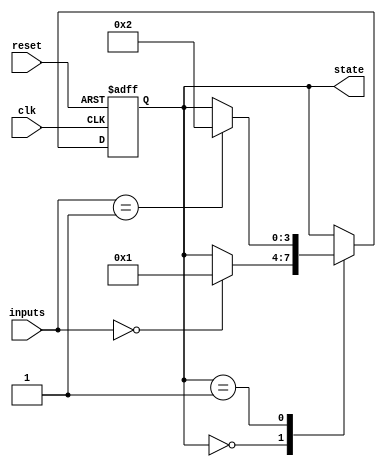
module state_machine (
    input wire clk,
    input wire reset,
    input wire [N-1:0] inputs,
    output reg [M-1:0] state
);

parameter N = 4; // Number of input bits
parameter M = 4; // Number of state bits

reg [M-1:0] next_state;

always @(posedge clk or posedge reset) begin
    if (reset) begin
        state <= 0;
    end else begin
        state <= next_state;
    end
end

always @(*) begin
    case(state)
        0: begin // State 0
            if (inputs == 2'b00) begin
                next_state = 1;
            end else begin
                next_state = state;
            end
        end
        1: begin // State 1
            if (inputs == 2'b01) begin
                next_state = 2;
            end else begin
                next_state = state;
            end
        end
        // Add more cases for other states
        default: begin
            next_state = state;
        end
    endcase
end

endmodule